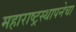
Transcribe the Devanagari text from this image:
महाराष्ट्रस्थापनेचा